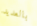
بالعديد